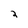
Character: 2